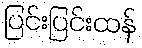
ပြင်းပြင်းထန်